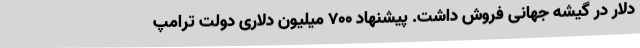
دلار در گیشه جهانی فروش داشت. پیشنهاد 700 میلیون دلاری دولت ترامپ